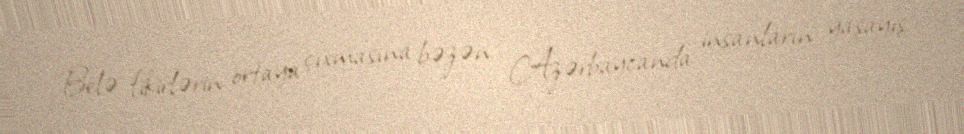
Belə fikirlərin ortaya çıxmasına bəzən Azərbaycanda insanların yaşayış